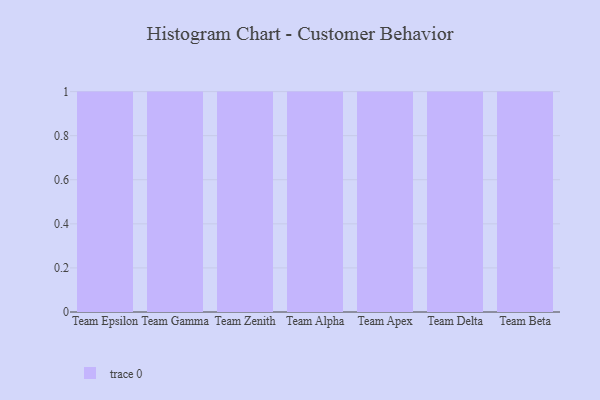
{"axis": {"x": "Team", "y": "Churn Rate (%)"}, "legend": [""], "data": [{"x": "Team Epsilon", "y": 47, "type": ""}, {"x": "Team Gamma", "y": 39, "type": ""}, {"x": "Team Zenith", "y": 43, "type": ""}, {"x": "Team Alpha", "y": 62, "type": ""}, {"x": "Team Apex", "y": 87, "type": ""}, {"x": "Team Delta", "y": 58, "type": ""}, {"x": "Team Beta", "y": 24, "type": ""}]}